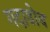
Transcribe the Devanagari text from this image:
गदाडोब